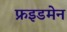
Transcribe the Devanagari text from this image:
फ्रइडमेन